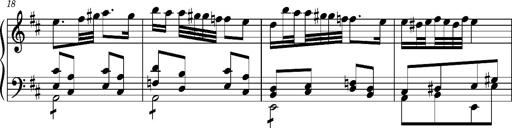
Title: Ungarischer Romanzero
Composer: Franz Liszt